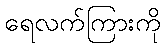
ရေလက်ကြားကို